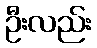
ဦးလည်း